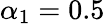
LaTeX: \alpha_{1}=0.5